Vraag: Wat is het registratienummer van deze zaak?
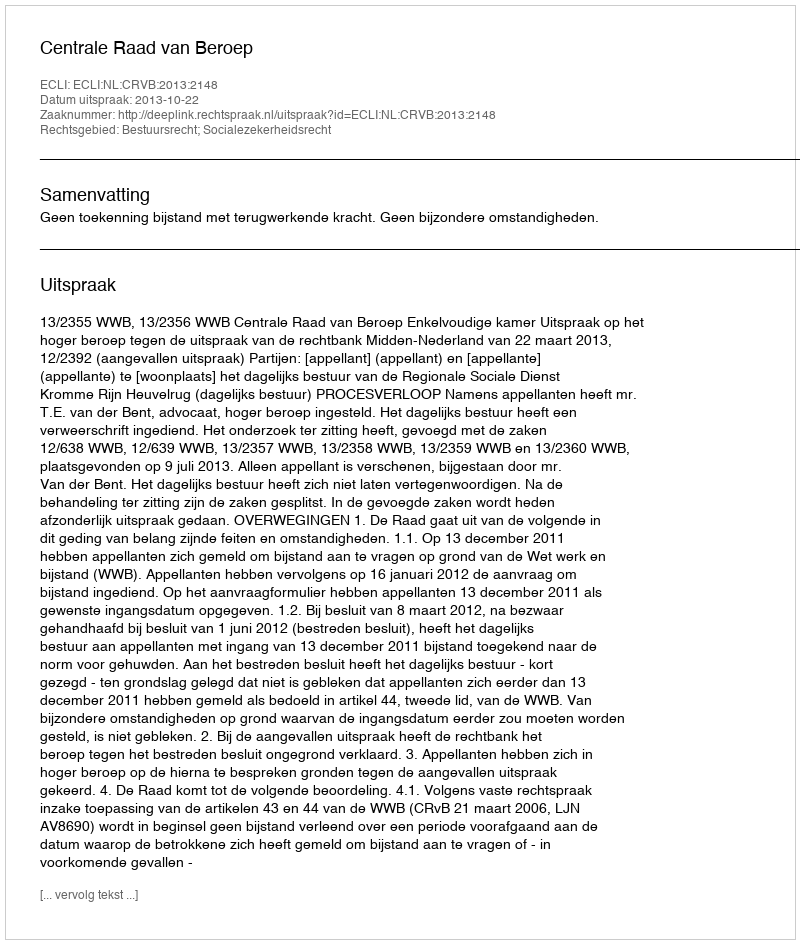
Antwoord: http://deeplink.rechtspraak.nl/uitspraak?id=ECLI:NL:CRVB:2013:2148